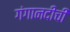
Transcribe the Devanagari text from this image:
गंगानदीची